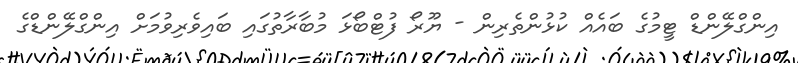
އިންގްލޭންޑް ޓީމުގެ ބައެއް ކުޅުންތެރިން - ޔޫރޯ ފުޓްބޯޅަ މުބާރާތުގައި ބައިވެރިވުމަށް އިންގްލޭންޑްގެ